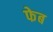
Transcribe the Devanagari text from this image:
फेब